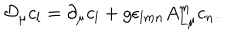
LaTeX: { \cal D } _ { \mu } c _ { l } = \partial _ { \mu } c _ { l } + g \epsilon _ { l m n } A _ { L \mu } ^ { m } c _ { n } .